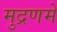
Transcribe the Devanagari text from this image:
मुद्रणमें